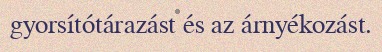
gyorsítótárazást és az árnyékozást.